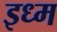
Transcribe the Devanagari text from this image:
इध्म